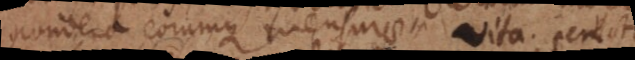
Pondera eorumque mensurae. Vita. Senectus.